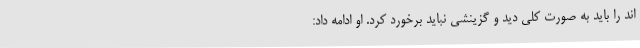
اند را باید به صورت کلی دید و گزینشی نباید برخورد کرد. او ادامه داد: